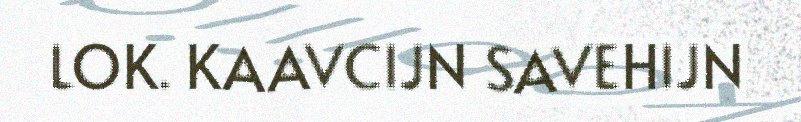
LOK. KAAVCIJN SAVEHIJN